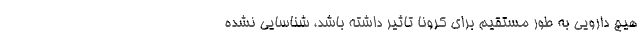
هیچ دارویی به طور مستقیم برای کرونا تاثیر داشته باشد، شناسایی نشده